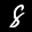
Label: 8